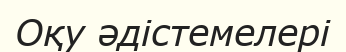
Оқу әдістемелері